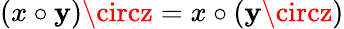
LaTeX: (x\circ\mathbf{y})\circz=x\circ(\mathbf{y}\circz)